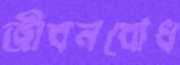
জীবনবোধ